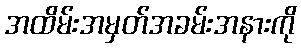
အထိမ်းအမှတ်အခမ်းအနားကို